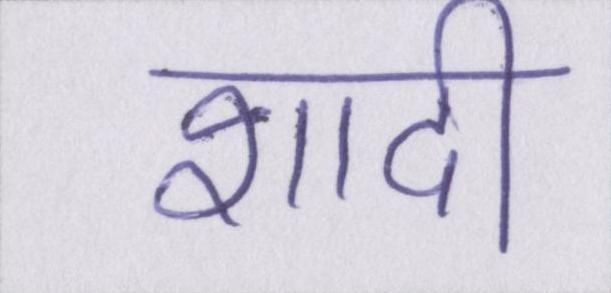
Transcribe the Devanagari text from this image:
शादी